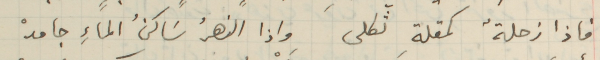
فاذا زحلةٌ كمقلةِ ثكلى واذا النهرُ سَاكنُ الماءِ جامدْ